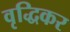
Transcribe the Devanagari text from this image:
वृद्धिकर